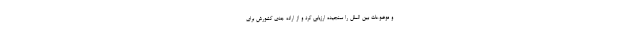
و موضوعات بین الملل را سنجیده ارزیابی کرد و از اراده جدی کشورش برای